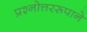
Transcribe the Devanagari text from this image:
प्रश्नोत्तररूपाने